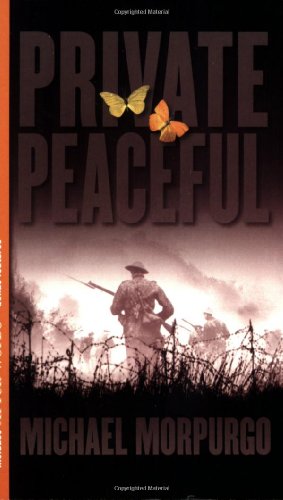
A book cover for Private Peaceful (After Words); Michael Morpurgo; Teen & Young Adult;